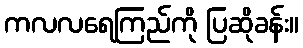
ကလလရေကြည်ကို ပြဆိုခန်း။